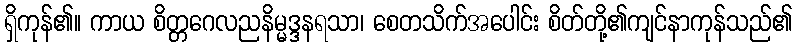
ရှိကုန်၏။ ကာယ စိတ္တဂေလညနိမ္မဒ္ဒနရသာ၊ စေတသိက်အပေါင်း စိတ်တို့၏ကျင်နာကုန်သည်၏